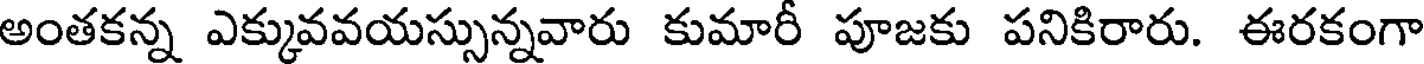
అంతకన్న ఎక్కువవయస్సున్నవారు కుమారీ పూజకు పనికిరారు. ఈరకంగా